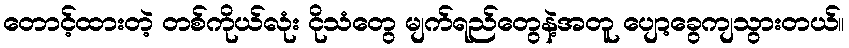
တောင့်ထားတဲ့ တစ်ကိုယ်လုံး ငိုသံတွေ မျက်ရည်တွေနဲ့အတူ ပျော့ခွေကျသွားတယ်။